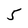
Character: 5